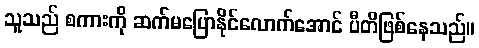
သူသည် စကားကို ဆက်မပြောနိုင်လောက်အောင် ပီတိဖြစ်နေသည်။